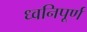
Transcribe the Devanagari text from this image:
ध्वनिपूर्ण